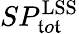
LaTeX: SP_{\mathfrak{t}o\mathfrak{t}}^{\mathrm{{LSS}}}